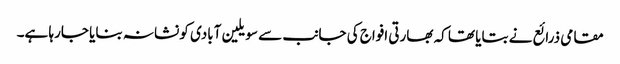
مقامی ذرائع نے بتایا تھا کہ بھارتی افواج کی جانب سے سویلین آبادی کو نشانہ بنایا جارہا ہے۔